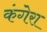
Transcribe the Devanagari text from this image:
कंगेरा